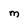
Character: m